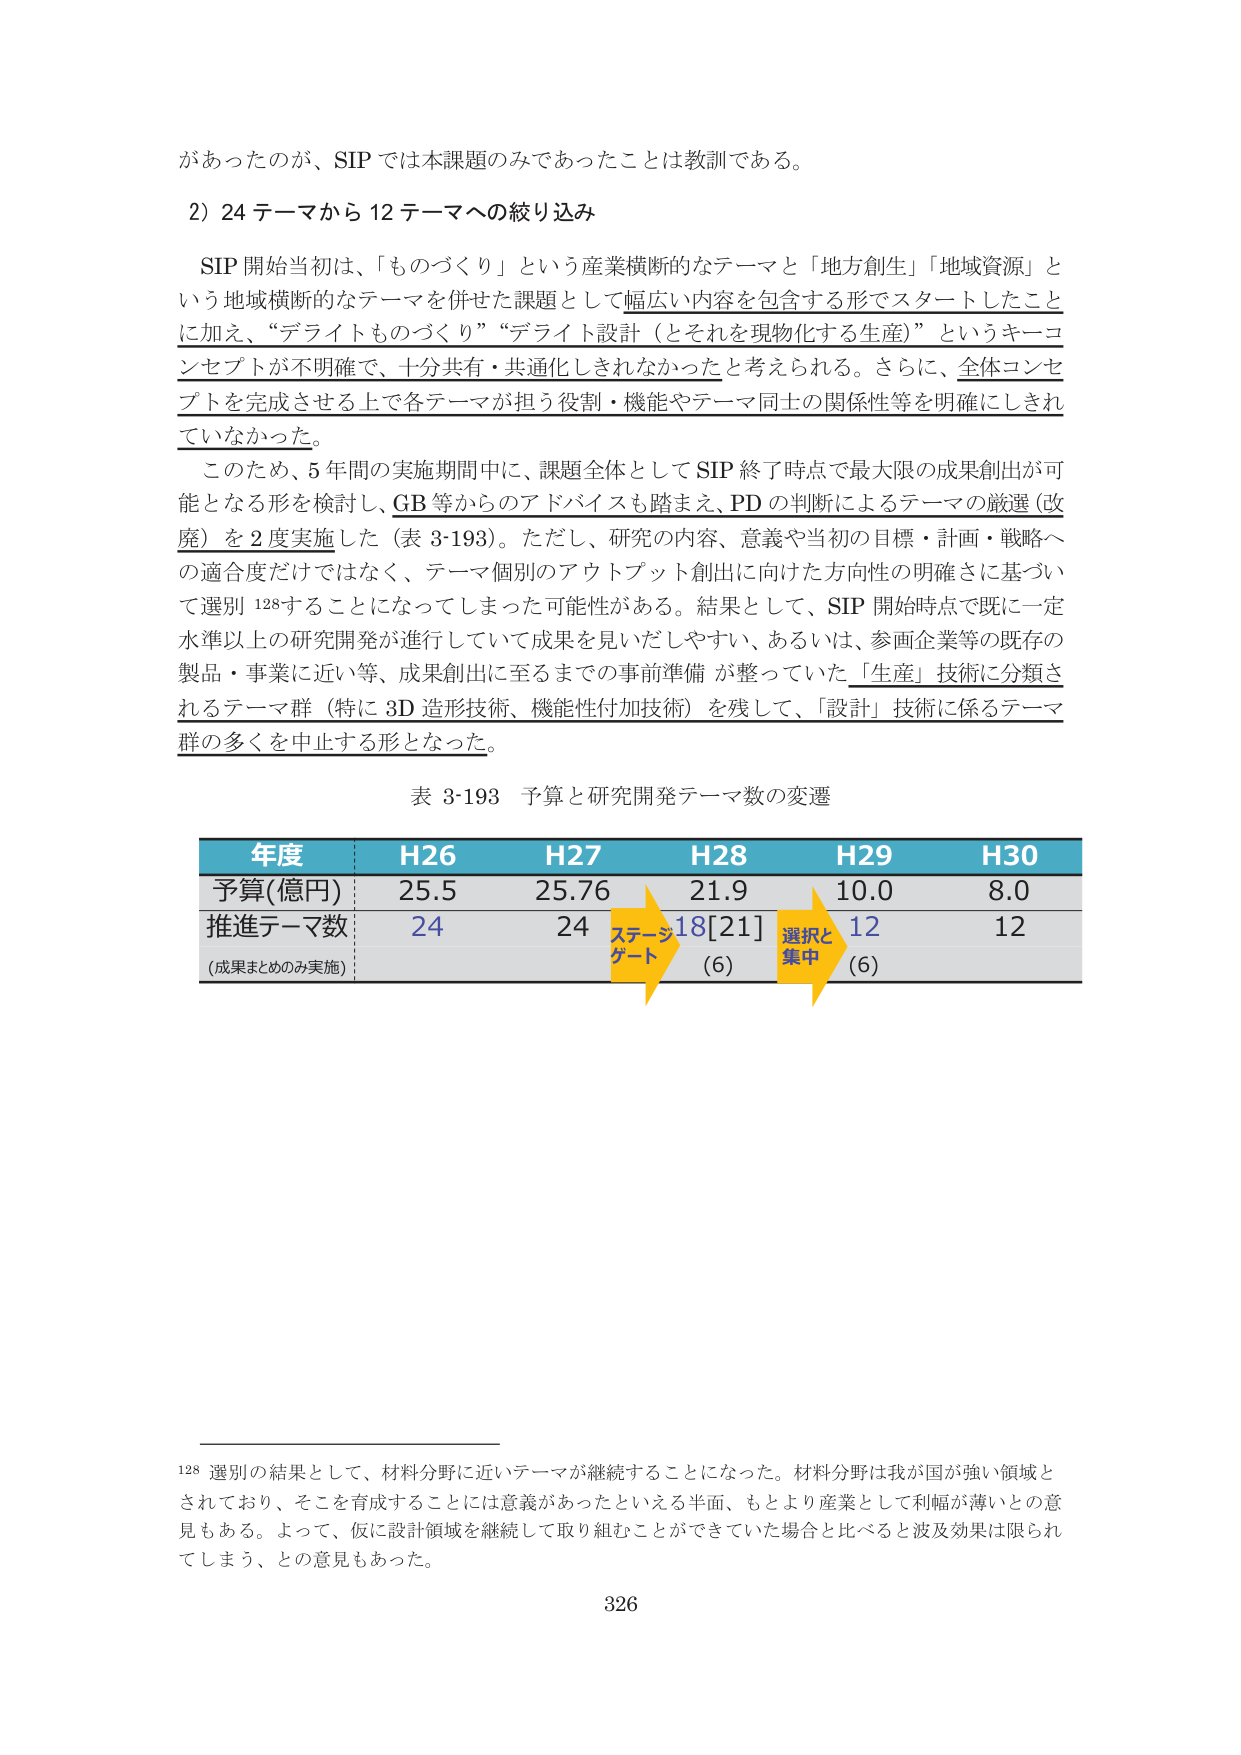
があったのが、SIP では本課題のみであったことは教訓である。

2）24 テーマから 12 テーマへの絞り込み

SIP 開始当初は、「ものづくり」という産業横断的なテーマと「地方創生」「地域資源」という地域横断的なテーマを併せた課題として幅広い内容を包含する形でスタートしたことに加え、“デライトものづくり”“デライト設計（とそれを現物化する生産）”というキーコンセプトが不明確で、十分共有・共通化しきれなかったと考えられる。さらに、全体コンセプトを完成させる上で各テーマが担う役割・機能やテーマ同士の関係性等を明確にしきれていなかった。

このため、5 年間の実施期間中に、課題全体として SIP 終了時点で最大限の成果創出が可能となる形を検討し、GB 等からのアドバイスも踏まえ、PD の判断によるテーマの厳選（改廃）を 2 度実施した（表 3-193）。ただし、研究の内容、意義や当初の目標・計画・戦略への適合度だけではなく、テーマ個別のアウトプット創出に向けた方向性の明確さに基づいて選別 128 することになってしまった可能性がある。結果として、SIP 開始時点で既に一定水準以上の研究開発が進行していて成果を見いだしがやすい、あるいは、参画企業等の既存の製品・事業に近い等、成果創出に至るまでの事前準備が整っていた「生産」技術に分類されるテーマ群（特に 3D 造形技術、機能性付加技術）を残して、「設計」技術に係るテーマ群の多くを中止する形となった。

表 3-193 予算と研究開発テーマ数の変遷

年度　　H26　　H27　　H28　　H29　　H30
予算(億円)　25.5　　25.76　　21.9　　10.0　　8.0
推進テーマ数　24　　24　　18[21]　　12　　12
(成果まとめのみ実施)　　　　　　(6)　　　　(6)

ステージ
ゲート

選択と
集中

128 選別の結果として、材料分野に近いテーマが継続することになった。材料分野は我が国が強い領域とされており、そこを育成することには意義があったといえる半面、もとより産業として利幅が薄いとの意見もある。よって、仮に設計領域を継続して取り組むことができていた場合と比べると波及効果は限られてしまう、との意見もあった。

326